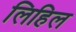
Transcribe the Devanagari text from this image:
लिहिल